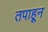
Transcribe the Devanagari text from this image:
तपाहून